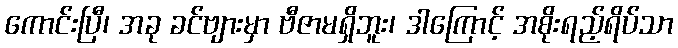
ကောင်းပြီ၊ အခု ခင်ဗျားမှာ ဗီဇာမရှိဘူး၊ ဒါကြောင့် အစိုးရည့်ရိပ်သာ